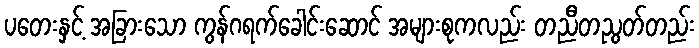
ပတေးနှင့် အခြားသော ကွန်ဂရက်ခေါင်းဆောင် အများစုကလည်း တညီတညွတ်တည်း